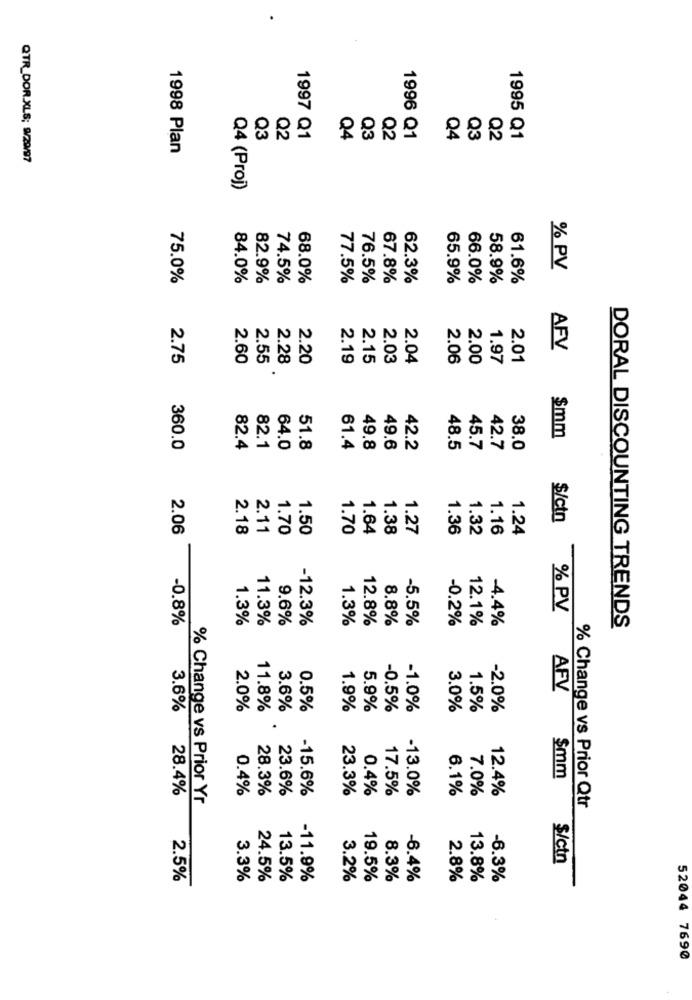
Q3
Q2
1997 Q1
Q4
Q3
Q2
1996 Q1
Q4
Q3
Q2
1995 Q1
1998 Plan
QTR_DOR.XLS; 9/29/97
Q4 (Proj)
% PV
75.0%
84.0%
82.9%
74.5%
68.0%
77.5%
76.5%
67.8%
62.3%
65.9%
66.0%
58.9%
61.6%
AFV
2.75
2.60
2.55
2.28
2.20
2.19
2.15
2.03
2.04
2.06
2.00
1.97
2.01
$mm
360.0
82.4
82.1
64.0
51.8
61.4
49.8
49.6
42.2
48.5
45.7
42.7
38.0
$/ctn
2.06
2.18
2.11
1.70
1.50
1.70
1.64
1.38
1.36
1.32
1.16
1.24
1.27
% PV
-0.8%
1.3%
9.6%
1.3%
12.8%
8.8%
-0.2%
-4.4%
11.3%
-12.3%
-5.5%
12.1%
DORAL DISCOUNTING TRENDS
AFV
3.6%
2.0%
11.8%
3.6%
0.5%
1.9%
5.9%
-0.5%
-1.0%
3.0%
1.5%
-2.0%
$mm
28.4%
0.4%
23.6%
-15.6%
23.3%
0.4%
17.5%
6.1%
12.4%
% Change vs Prior Yr
28.3%
-13.0%
7.0%
% Change vs Prior Qtr
$/ctn
2.5%
3.3%
24.5%
13.5%
-11.9%
3.2%
19.5%
8.3%
-6.4%
2.8%
13.8%
-6.3%
52044 7690